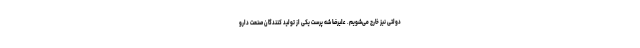
دولتی نیز خارج می‌شویم. علیرضا شه پرست یکی از تولید کنندگان صنعت دارو